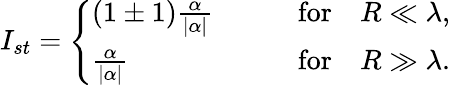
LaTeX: I_{st}=\left\{ \begin{array}{ll}{{(1\pm 1)\frac{\alpha}{|\alpha|}\qquad}}&{{\mathrm{for}\quad R\ll\lambda,}}\\ {{\frac{\alpha}{|\alpha|}\qquad}}&{{\mathrm{for}\quad R\gg\lambda.}}\end{array}\right.